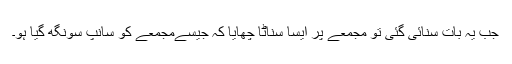
جب یہ بات سنائی گئی تو مجمعے پر ایسا سناٹا چھایا کہ جیسےمجمعے کو سانپ سونگھ گیا ہو۔